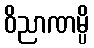
ဝိညာဏမ္ပိ